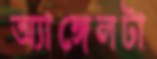
অ্যাঙ্গেলটা